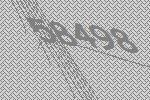
58498